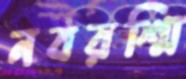
নবরশ্মি